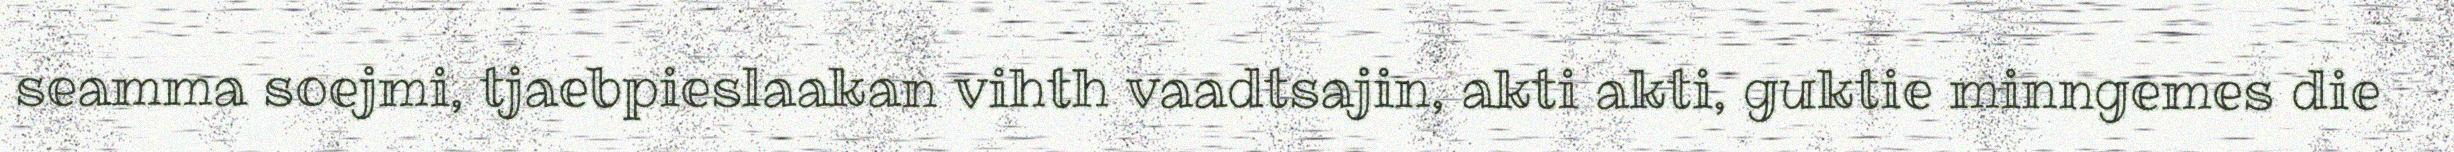
seamma soejmi, tjaebpieslaakan vihth vaadtsajin, akti akti, guktie minngemes die